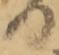
日